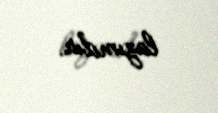
lazımdır.